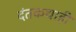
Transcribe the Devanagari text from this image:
दंतकथाही